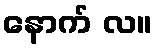
နောက် လ။